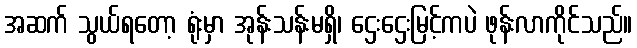
အဆက် သွယ်ရတော့ ရုံးမှာ အုန်းသန်းမရှိ၊ ဌေးဌေးမြင့်ကပဲ ဖုန်းလာကိုင်သည်။